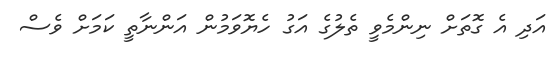
އަދި އެ ގޮތަށް ނިންމެވީ ތެލުގެ އަގު ހެޔޮވަމުން އަންނާތީ ކަމަށް ވެސް